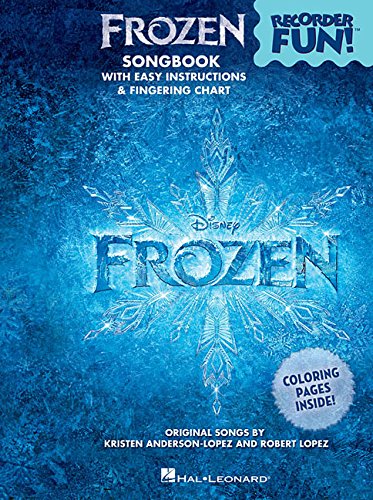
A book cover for Frozen - Recorder Fun!: Pack with Songbook and Instrument; Arts & Photography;